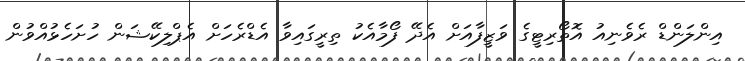
އިންލަންޑް ރެވެނިއު އޮތޯރިޓީގެ ވަޒީފާއަށް އެދޭ ފޯމާއެކު ތިރީގައިވާ އެޑްރެހަށް އެޕްލިކޭޝަން ހުށަހެޅުއްވުން